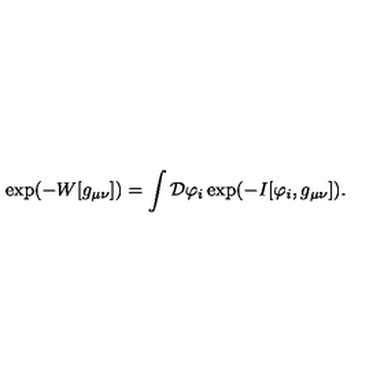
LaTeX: \exp ( - W [ g _ { \mu \nu } ] ) = \int { \cal D } \varphi _ { i } \exp ( - I [ \varphi _ { i } , g _ { \mu \nu } ] ) .